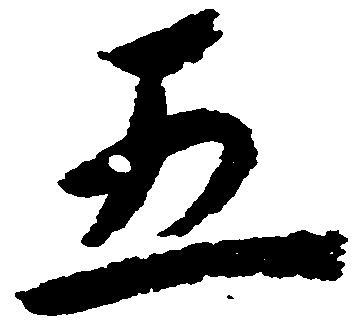
五